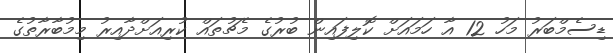
ޑިސެމްބަރު މަހު 12 އާ ހަމައަށް ކޮލިފައިން ބުރުގެ މެޗުތައް ކުރިއަށްދާއިރު މިމުބާރާތުގެ